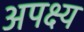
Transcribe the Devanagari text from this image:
अपक्ष्य